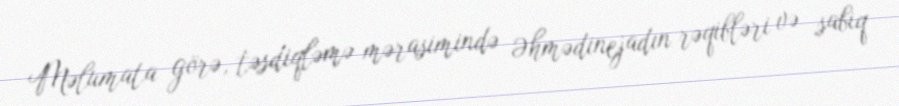
Məlumata görə, təsdiqləmə mərasimində Əhmədinejadın rəqibləri və sabiq